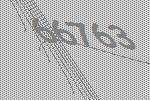
66763